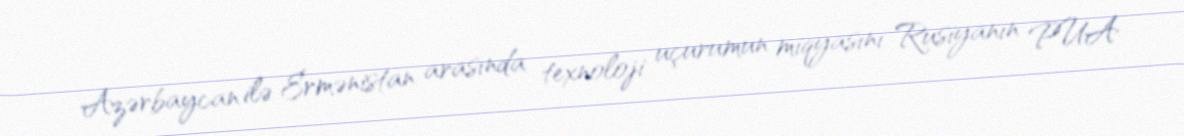
Azərbaycan ilə Ermənistan arasında texnoloji uçurumun miqyasını Rusiyanın PUA